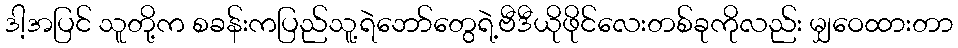
ဒါ့အပြင် သူတို့က စခန်းကပြည်သူ့ရဲဘော်တွေရဲ့ဗီဒီယိုဖိုင်လေးတစ်ခုကိုလည်း မျှဝေထားတာ